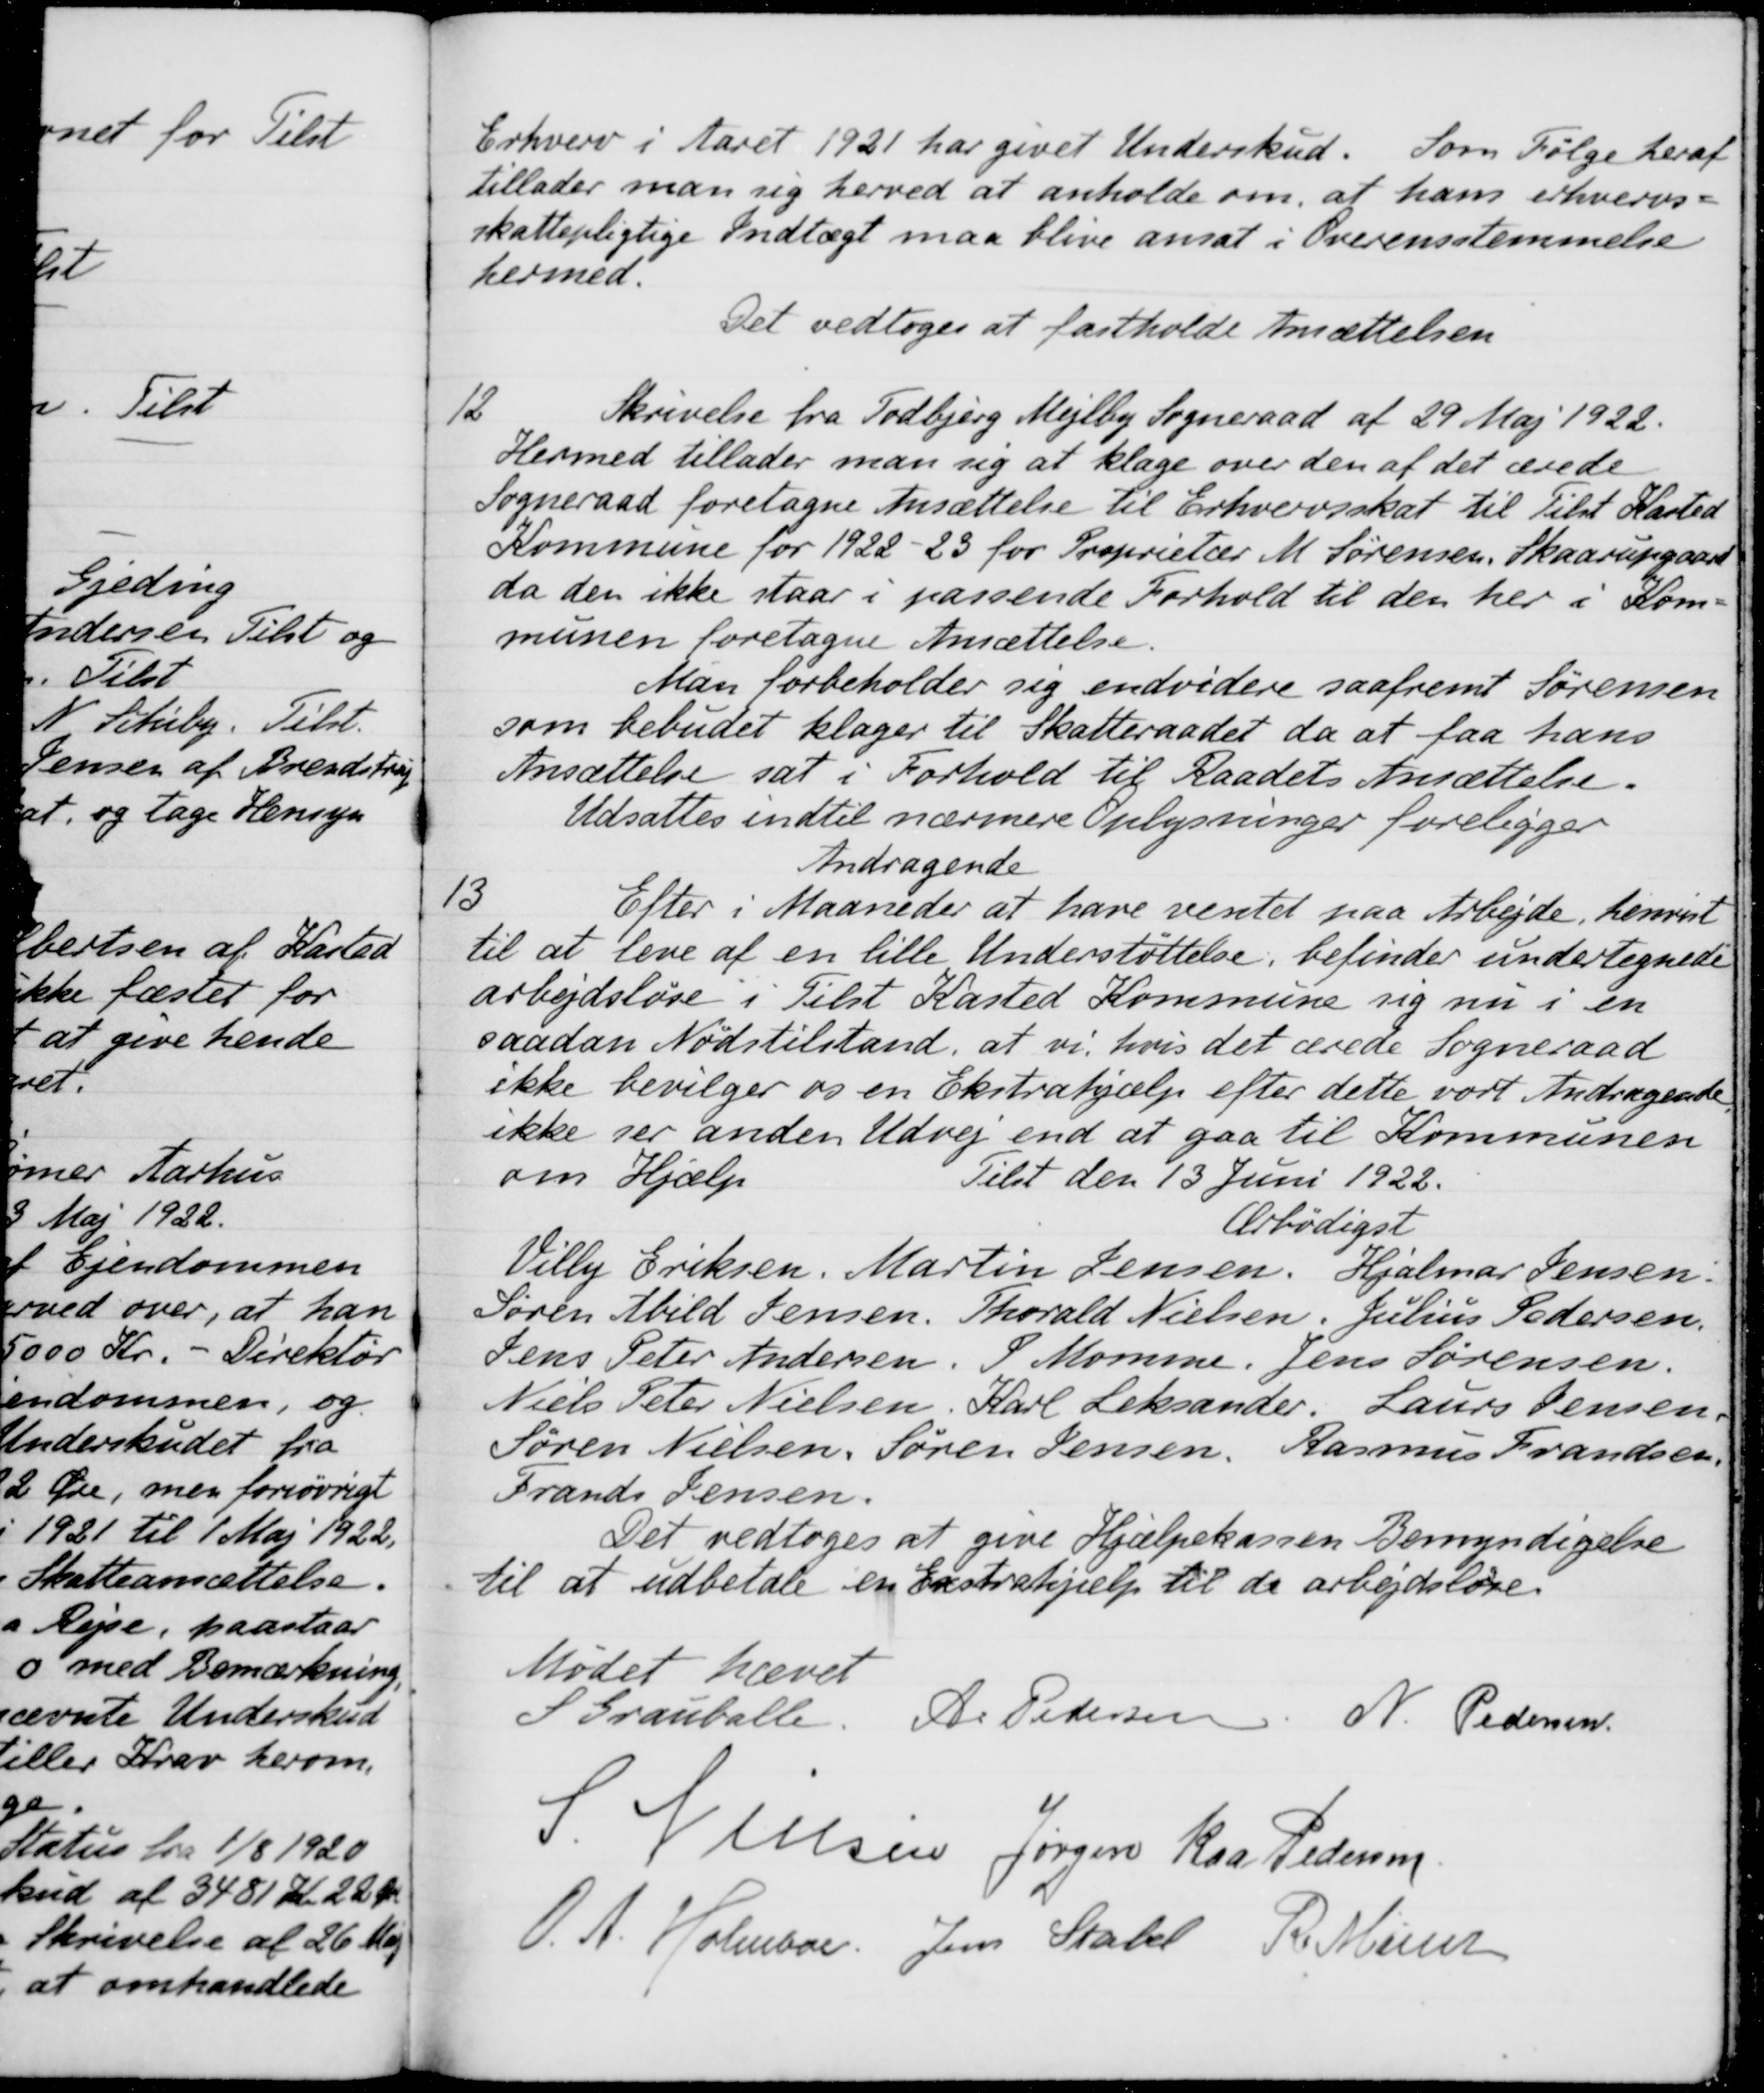
Transskription:
Erhverv i Aaret 1921 har givet Underskud. Som Følge heraf
tillader man sig herved at anholde om, at hans erhvervs-
skattepligtige Indtægt maa blive ansat i Overensstemmelse
hermed.
Det vedtoges at fastholde Ansættelsen
12
Skrivelse fra Todbjerg Mejlby Sogneraad af 29 Maj 1922.
Hermed tillader man sig at klage over den af det ærede
Sogneraad foretagne Ansættelse til Erhvervsskat til Tilst Kasted
Kommune for 1922 - 25 for Proprietær M. Sørensen, Skaarupgaard
da den ikke staar i passende Forhold til den her i Kom-
munen foretagne Ansættelse.
Man forbeholder sig endvidere saafremt Sørensen
som bebudet klager til Skatteraadet da at faa hans
Ansættelse sat i Forhold til Raadets Ansættelse.
Udsattes indtil nærmere Oplysninger foreligger
Andragende
13
Efter i Maaneder at have ventet paa Arbejde, henvist
til at leve af en lille Understøttelse, befinder undertegnede
arbejdsløse i Tilst Kasted Kommune sig nu i en
saadan Nødstilstand, at vi, hvis det ærede Sogneraad
ikke bevilger os en Ekstrahjælp efter dette vort Andragende
ikke ser anden Udvej end at gaa til Kommunen
om Hjælp
Telst den 13 Juni 1922.
Ærbødigst
Villy Eriksen. Martin Jensen, Hjalmar Jensen.
Søren Abild Jensen, Thorvald Nielsen, Julius Pedersen.
Jens Peter Andersen. P Momme. Jens Sørensen.
Niels Peter Nielsen, Karl Leksander. Laurs Jensen,
Søren Nielsen, Søren Jensen, Rasmus Frandsen.
Frands Jensen.
Det vedtoges at give Hjælpekassen Bemyndigelse
til at udbetale en Exstrahjælp til de arbejdsløse.
Mødet hævet
S. Grauballe.
A. Pedersen
N. Pedersen
5. Nielsen
Jørgen Kaa Pedersen
O. A. Holmboe
Jens Stabel
R. Mainz